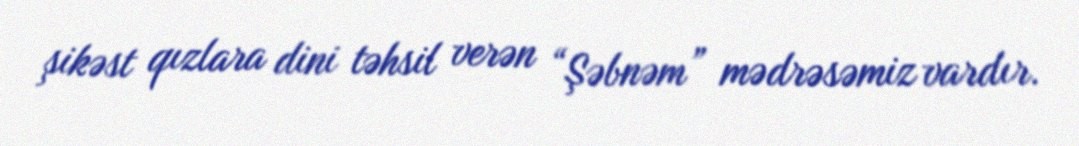
şikəst qızlara dini təhsil verən “Şəbnəm” mədrəsəmiz vardır.